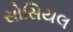
સોસિયલ